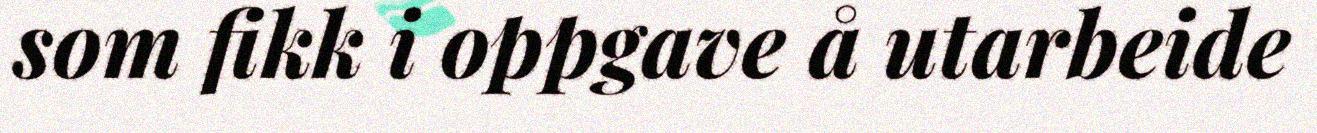
som fikk i oppgave å utarbeide